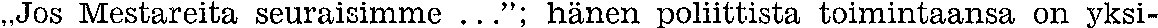
,,Jos Mestareita seuraisimme ...''; hänen poliittista toimintaansa on yksi-